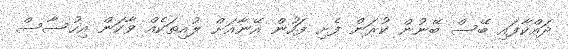
ދައްކާފައި ބޭސް ބޭނުން ކުރަން ފެށި ފަހުން އޭނާއަށް ލުއިތަކެއް ވާކަން އިހުސާސް